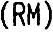
(RM)